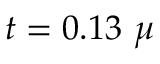
t = 0 . 1 3 ~ \mu